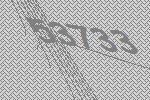
53733